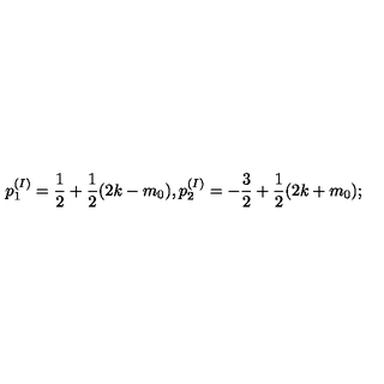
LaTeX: p _ { 1 } ^ { ( I ) } = \frac { 1 } { 2 } + \frac { 1 } { 2 } ( 2 k - m _ { 0 } ) , p _ { 2 } ^ { ( I ) } = - \frac { 3 } { 2 } + \frac { 1 } { 2 } ( 2 k + m _ { 0 } ) ;